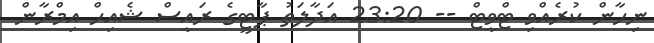
ނިހާން ކުރެއްވި ޓްވީޓް -- 23:20 އަދާލަތު ޕާޓީގެ ރައީސް ޝެއިހް އިމްރާން